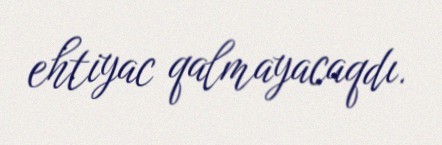
ehtiyac qalmayacaqdı.